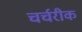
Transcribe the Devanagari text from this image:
चर्चरीक